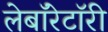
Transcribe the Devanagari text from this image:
लेबाॅरेटाॅरी